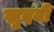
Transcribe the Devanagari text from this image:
खुदयी